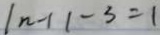
\vert n - 1 \vert - 3 = 1